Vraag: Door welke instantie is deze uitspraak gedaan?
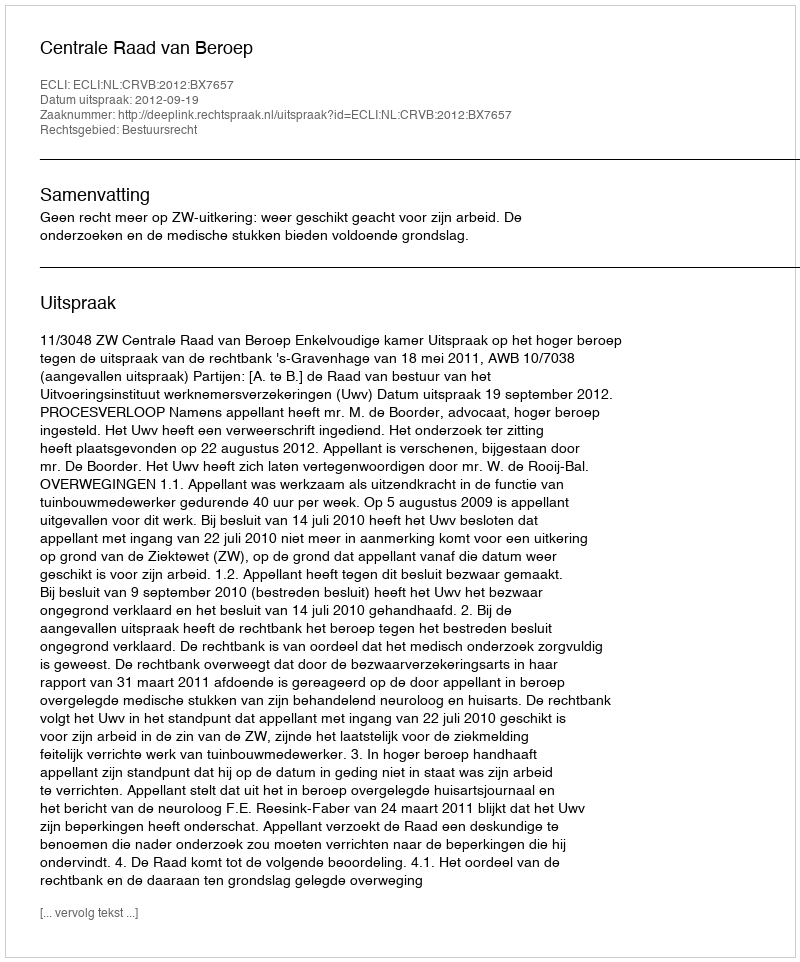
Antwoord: Centrale Raad van Beroep